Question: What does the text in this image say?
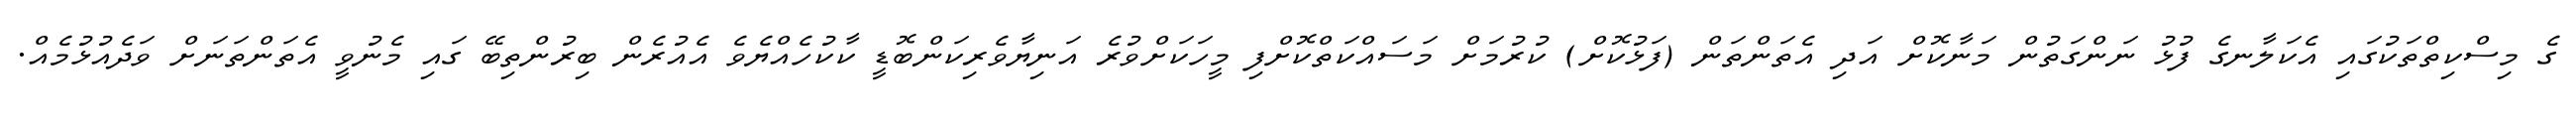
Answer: ގެ މިސްކިތްތަކުގައި އެކަލާނގެ ފުޅު ނަންގަތުން މަނާކޮށް އަދި އެތަންތަން (ފަޅުކޮށް) ކުރުމަށް މަސައްކަތްކޮށްފި މީހަކަށްވުރެ އަނިޔާވެރިކަންބޮޑީ ކާކުހެއްޔެވެ އެއުރެން ބިރުންތިބޭ ގައި މެނުވީ އެތަންތަނަށް ވަދެއުޅުމެއް.